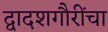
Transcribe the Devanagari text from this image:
द्वादशगौरींचा